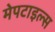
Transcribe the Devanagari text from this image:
मेपटाइल्स